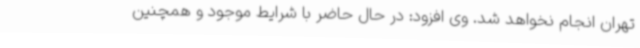
تهران انجام نخواهد شد. وی افزود: در حال حاضر با شرایط موجود و همچنین